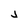
Character: j